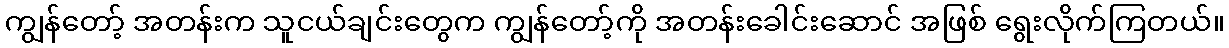
ကျွန်တော့် အတန်းက သူငယ်ချင်းတွေက ကျွန်တော့်ကို အတန်းခေါင်းဆောင် အဖြစ် ရွေးလိုက်ကြတယ်။